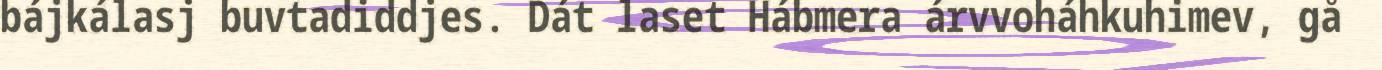
bájkálasj buvtadiddjes. Dát laset Hábmera árvvoháhkuhimev, gå